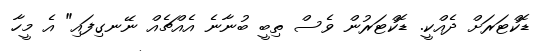
ޑޮކްޓަރަށް ދެއްކީ. ޑޮކްޓަރުން ވެސް ތިބީ ބުނާނެ އެއްޗެއް ނޭނގިފައި" އެ މީހާ